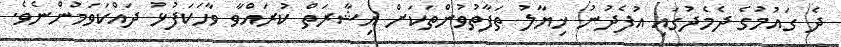
ދެ ގައުމުގެ ދެމެދުގައި އުފެދުނު ޚިޔާލު ތަފާތުވުންތަކަށް އިޝާރަތް ކުރައްވާ ވާހަކަފުޅު ދައްކަވަމުންނެވެ.